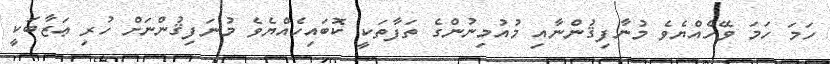
ހަމަ ހަމަ ވޭހެއްޔެވެ މުނާފިޤުންނާއި މުއުމިނުންގެ ތަފާތަކީ ކޮބައިހެއްޔެވެ މުނަފިޤުންނަށް ހުރި ޢަޒާބަކީ